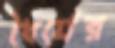
ধৈর্যের